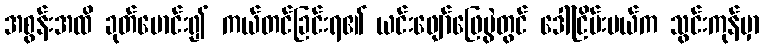
အစွန်းအထိ ခုတ်မောင်း၍ ကယ်တင်ခြင်းရ၏ ယင်းဖျော်ဖြေပွဲတွင် ဒေါ်ငြိမ်းမယ်က သွင်းကုန်မှာ